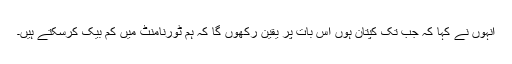
انہوں نے کہا کہ جب تک کپتان ہوں اس بات پر یقین رکھوں گا کہ ہم ٹورنامنٹ میں کم بیک کرسکتے ہیں۔